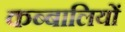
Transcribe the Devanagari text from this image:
कब्बालियों